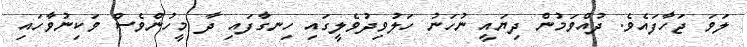
ލަވަ ޖަހާފައެވެ. ދުއްވަމުން ދިޔައީ ނުހަނު ހަލުވިދުވެލީގައި ހިނގާފައި ދާ މީހުންވެސް ވަކިނުވާހައި